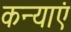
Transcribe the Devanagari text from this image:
कन्‍याएं